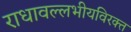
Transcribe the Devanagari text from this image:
राधावल्लभीयविरक्त